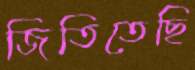
জিতিতেছি